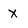
Character: x